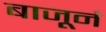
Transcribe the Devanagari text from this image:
बाजूनं